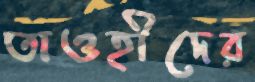
তাওহীদের